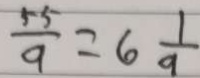
\frac { 5 5 } { 9 } = 6 \frac { 1 } { 9 }